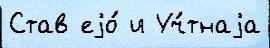
Став еjо́ и Уч́тнаjа